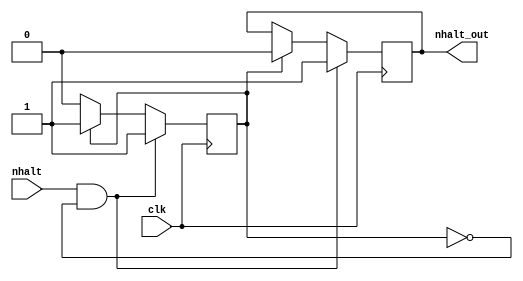
module Halt(clk, nhalt, nhalt_out);

input nhalt, clk;
output reg nhalt_out;

reg estado = 0;

always@(posedge clk)
	if(nhalt == 1 && estado == 0)
		begin
			nhalt_out = 1;
			estado = 1;
		end
	else if(estado == 1)
		begin
			nhalt_out = 0;
		end
	else if(nhalt == 0)
		begin
			estado = 0;
		end
endmodule